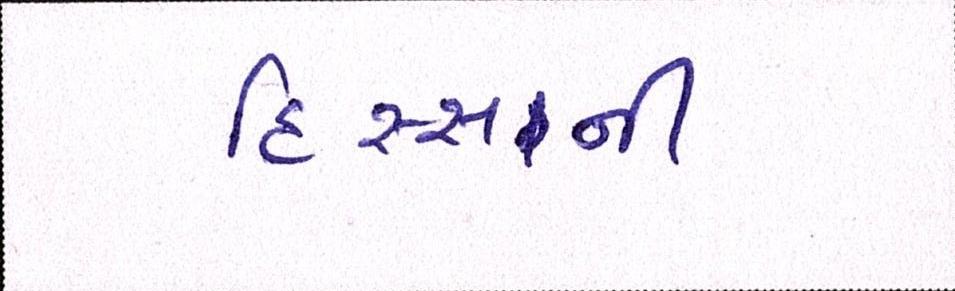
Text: હિસ્સાની